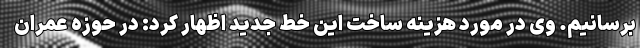
برسانیم. وی در مورد هزینه ساخت این خط جدید اظهار کرد: در حوزه عمران